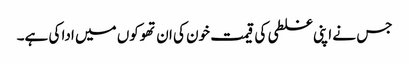
جس نے اپنی غلطی کی قیمت خون کی ان تھوکوں میں ادا کی ہے۔